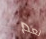
نعم